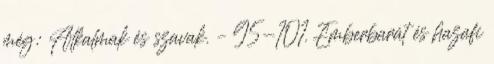
még: Alkalmak és szavak. – 95-101. Emberbarát és hazafi